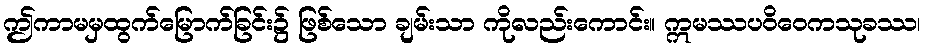
ဤကာမမှထွက်မြောက်ခြင်း၌ ဖြစ်သော ချမ်းသာ ကိုလည်းကောင်း။ ဣမဿပဝိဝေကသုခဿ၊